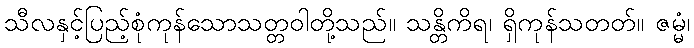
သီလနှင့်ပြည့်စုံကုန်သောသတ္တဝါတို့သည်။ သန္တိကိရ၊ ရှိကုန်သတတ်။ ဇမ္မံ၊